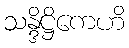
သန္ဒိဋ္ဌိကေဟိ